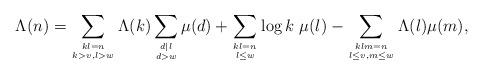
LaTeX: \begin{align*} \Lambda(n)=\sum_{\genfrac{}{}{0pt}{}{kl=n}{k>v, l>w}}\Lambda(k)\sum_{\genfrac{}{}{0pt}{}{d|l}{d>w}}\mu(d)+\sum_{\genfrac{}{}{0pt}{}{kl=n}{l\le w}}\log k\ \mu(l)-\sum_{\genfrac{}{}{0pt}{}{klm=n}{l\le v, m\le w}}\Lambda(l)\mu(m),\end{align*}